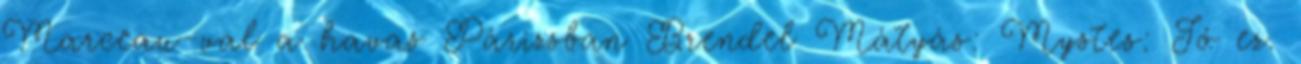
Marceau-val a havas Párizsban Brendel Mátyás: Mystes: Jó ez.